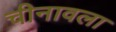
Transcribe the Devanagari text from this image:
चीनावला